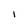
Character: I